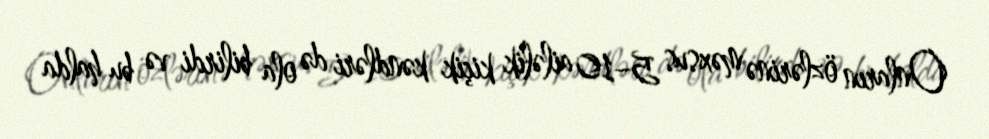
Onların özlərinə məxsus 5–10 ailəlik kiçik kəndləri də ola bilirdi və bu halda